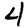
Digit: 4